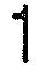
1